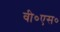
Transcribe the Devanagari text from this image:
वी०एस०